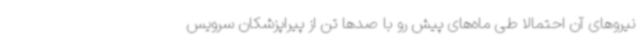
نیروهای آن احتمالا طی ماه‌های پیش رو با صدها تن از پیراپزشکان سرویس